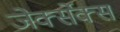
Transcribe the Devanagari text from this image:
जेर्क्सेक्स